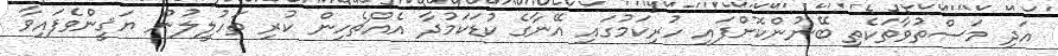
އަދި މަސްތުވާތަކެތި ބޭނުންކޮށްފައި ހުރިކަމުގައި އޭނާގެ ކުޑަކަމުދާ އެއްޗެހިން ކުރި ތަހުލީލުން ޔަޤީންވެފައިވާ